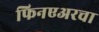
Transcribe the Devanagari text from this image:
फिनएअरचा